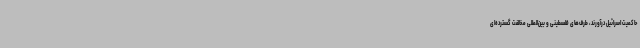
حاکمیت اسرائیل درآورند، طرف‌های فلسطینی و بین‌المللی مخالفت گسترده‌ای